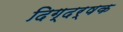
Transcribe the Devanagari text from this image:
दिग्दर्षक